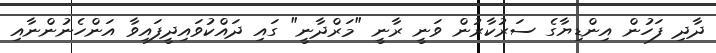
ދާދި ފަހުން އިންޑިޔާގެ ސަރުކާރުން ވަނީ ރާނީ "މަރްދާނީ" ގައި ދައްކުވައިދީފައިވާ އަންހެނުންނާއި